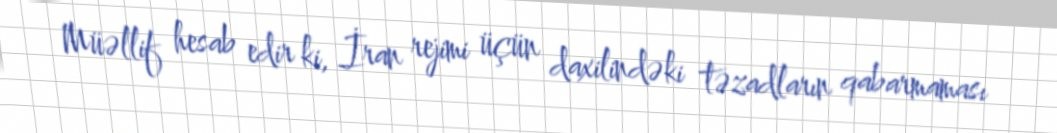
Müəllif hesab edir ki, İran rejimi üçün daxilindəki təzadların qabarmaması